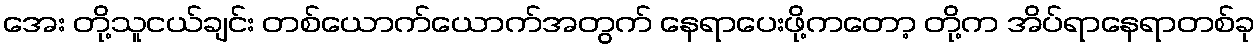
အေး တို့သူငယ်ချင်း တစ်ယောက်ယောက်အတွက် နေရာပေးဖို့ကတော့ တို့က အိပ်ရာနေရာတစ်ခု